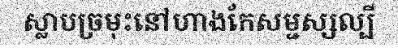
ស្លាបច្រមុះនៅហាងកែសម្ជស្សល្បី